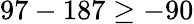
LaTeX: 97-187\geq-90